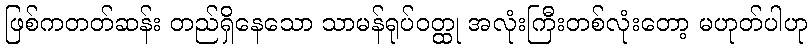
ဖြစ်ကတတ်ဆန်း တည်ရှိနေသော သာမန်ရုပ်ဝတ္ထု အလုံးကြီးတစ်လုံးတော့ မဟုတ်ပါဟု